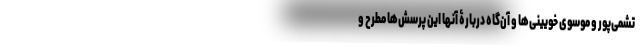
تشمی‌پور و موسوی خویینی‌ها و آن‌گاه دربارۀ آنها این پرسش‌ها مطرح و